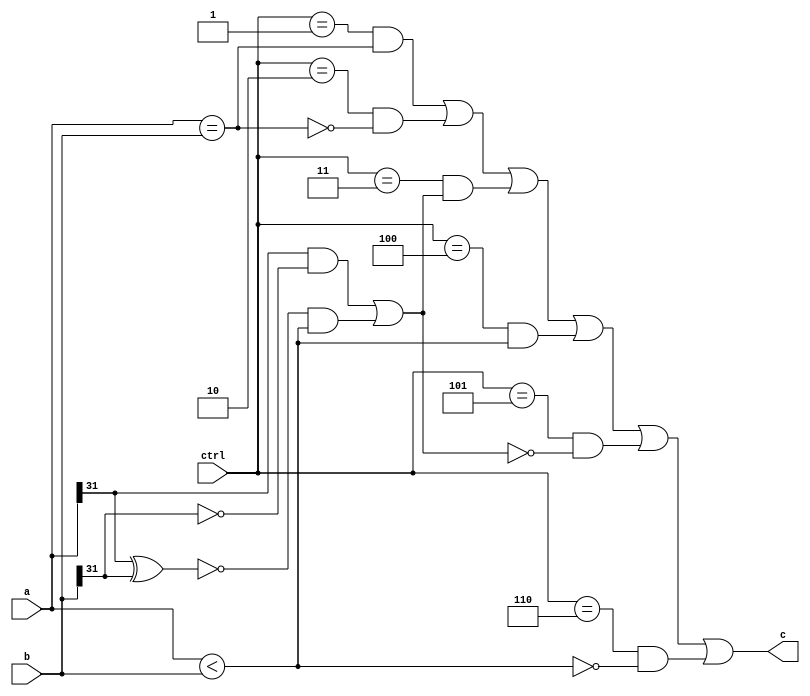
`timescale 1ns / 1ps

module cmp_32(  input [31:0] a,
                input [31:0] b,
                input [2:0] ctrl,
                output c
    );
    localparam cmp_EQ  = 3'b001;
    localparam cmp_NE  = 3'b010;
    localparam cmp_LT  = 3'b011;
    localparam cmp_LTU = 3'b100;
    localparam cmp_GE  = 3'b101;
    localparam cmp_GEU = 3'b110;

    wire res_EQ  = a == b;
    wire res_NE  = ~res_EQ;
    wire res_LT  = (a[31] & ~b[31]) || (~(a[31] ^ b[31]) && a < b);
    wire res_LTU = a < b;
    wire res_GE  = ~res_LT;
    wire res_GEU = ~res_LTU;

    wire EQ  = ctrl == cmp_EQ ; 
    wire NE  = ctrl == cmp_NE ; 
    wire LT  = ctrl == cmp_LT ; 
    wire LTU = ctrl == cmp_LTU;
    wire GE  = ctrl == cmp_GE ; 
    wire GEU = ctrl == cmp_GEU;

    assign c = EQ  & res_EQ  |
               NE  & res_NE  |
               LT  & res_LT  |
               LTU & res_LTU |
               GE  & res_GE  |
               GEU & res_GEU ;
    

endmodule